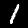
Digit: 1